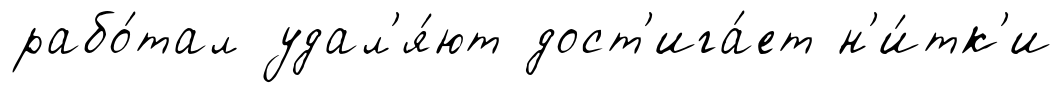
рабо́тал удал'я́ют дост'ига́ет н'и́тк'и